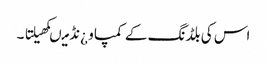
اس کی بلڈنگ کے کمپاو ¿نڈ میںکھیلتا ۔